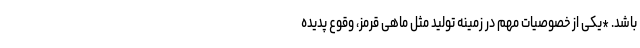
باشد. *یکی از خصوصیات مهم در زمینه تولید مثل ماهی قرمز، وقوع پدیده